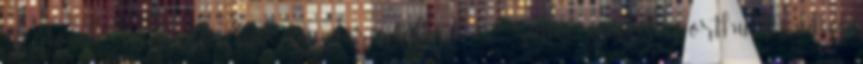
Légiósok: Nem szeretnék egyelőre váltani – Sallói nemzetisport.hu Meddig